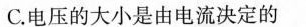
C.电压的大小是由电流决定的